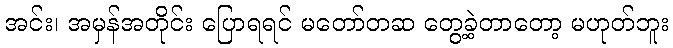
အင်း၊ အမှန်အတိုင်း ပြောရရင် မတော်တဆ တွေ့ခဲ့တာတော့ မဟုတ်ဘူး